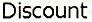
DISCOUNT